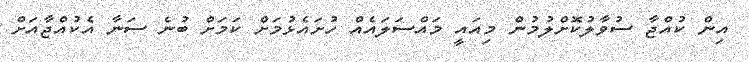
އިން ކުއްޖާ ސުވާލުކޮށްލުމުން މިއައީ މައްސަލައެއް ހުށައެޅުމަށް ކަމަށް ބުނެ ސަނާ އެކުއްޖާއަށް